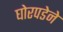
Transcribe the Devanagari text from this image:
घोरपडेने